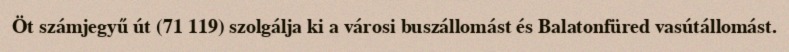
Öt számjegyű út (71 119) szolgálja ki a városi buszállomást és Balatonfüred vasútállomást.